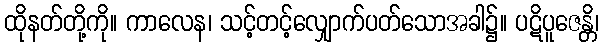
ထိုနတ်တို့ကို။ ကာလေန၊ သင့်တင့်လျှောက်ပတ်သောအခါ၌။ ပဋိပူဇေန္တိ၊